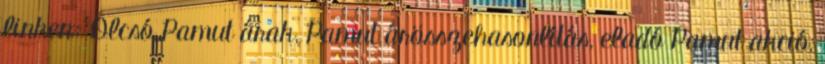
linken: Olcsó Pamut árak, Pamut árösszehasonlítás, eladó Pamut akció,